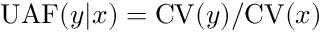
\mathrm { U A F } ( y | x ) = \mathrm { C V } ( y ) / \mathrm { C V } ( x )